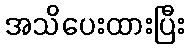
အသိပေးထားပြီး